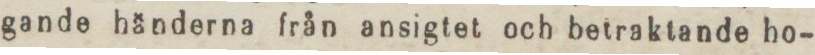
gande händerna från ansigtet och betraktande ho-